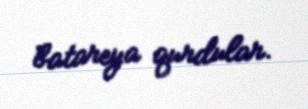
batareya qurdular.